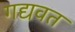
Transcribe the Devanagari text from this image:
गद्यवत